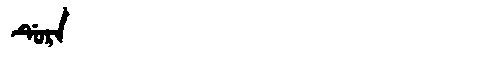
Manchu: ᡩᡠᡵᠠ
Romanization: DURA